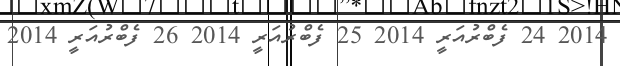
2014 24 ފެބްރުއަރީ 2014 25 ފެބްރުއަރީ 2014 26 ފެބްރުއަރީ 2014